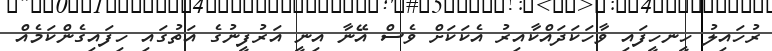
ރުހައިލު ހީނހީފައި ވާހަކަދައްކާއިރު އެކަކަށް ވެސް އޭނާ އިނީ އަރުފީނުގެ އަތުގައި ހިފައިގެންކަމެއް